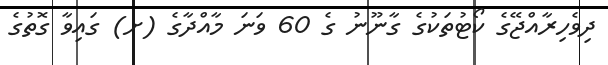
ދިވެހިރާއްޖޭގެ ކޯޓުތަކުގެ ގާނޫނު ގެ 60 ވަނަ މާއްދާގެ (ށ) ގައިވާ ގޮތުގެ